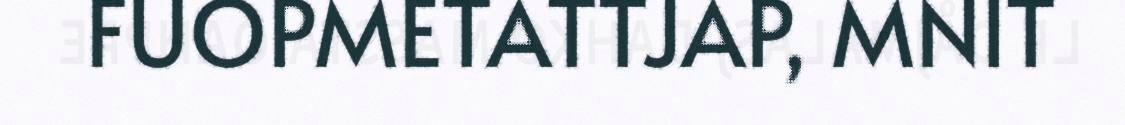
FUOPMETATTJAP, MNIT